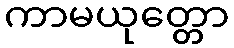
ကာမယုတ္တော